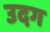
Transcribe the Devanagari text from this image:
उदग